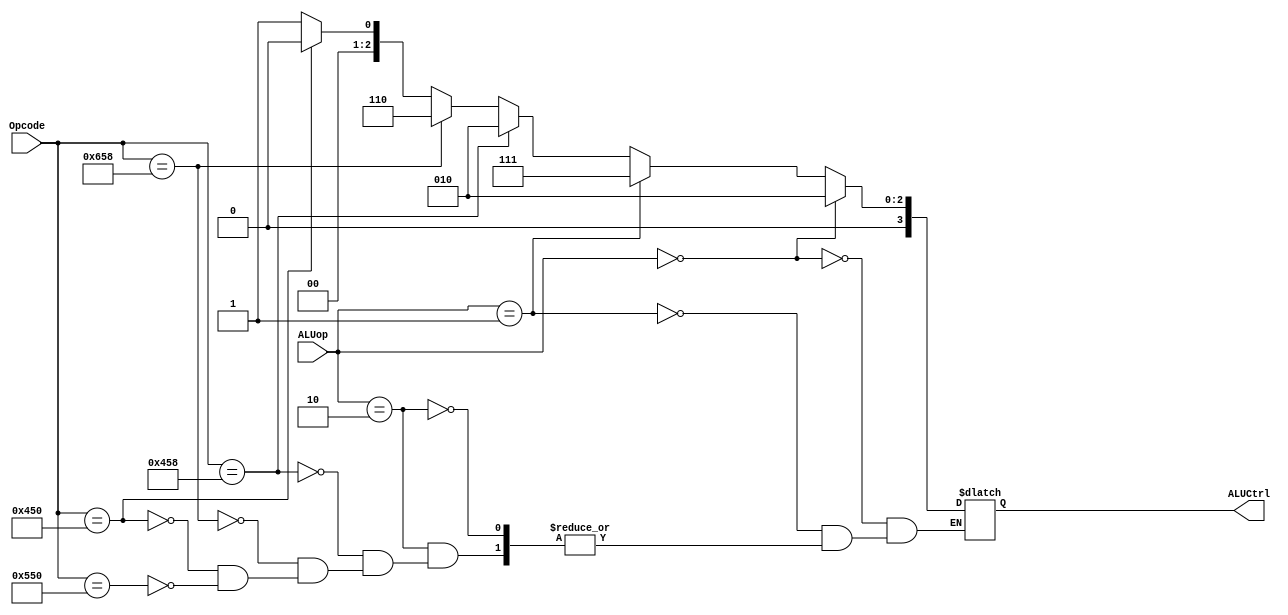
`timescale 1ns / 1ps
//////////////////////////////////////////////////////////////////////////////////
// Company: 
// Engineer: 
// 
// Design Name: 
// Module Name: ALUControl
// Project Name: 
// Target Devices: 
// Tool Versions: 
// Description: 
// 
// Dependencies: 
// 
// Revision:
// Revision 0.01 - File Created
// Additional Comments:
// 
//////////////////////////////////////////////////////////////////////////////////


module ALUControl(ALUCtrl, ALUop, Opcode);
     input [1:0] ALUop;
     input [10:0] Opcode;
     output reg [3:0] ALUCtrl;
     
     always @ (*) begin
    
     if (ALUop == 2'b00)  //load or store
        ALUCtrl <= #2 4'b0010;   // add  
     
     else if (ALUop == 2'b01) //cbz
        ALUCtrl <= #2 4'b0111;  //pass b
     
     else if (ALUop == 2'b10) begin
        if (Opcode == 11'b10001011000)  
            ALUCtrl <= #2 4'b0010;  //ADD
        
        else if (Opcode == 11'b11001011000)  
            ALUCtrl <= #2 4'b0110;  // SUB
        
        else if (Opcode == 11'b10001010000)  
            ALUCtrl <= #2 4'b0000;  //AND
        
        else if (Opcode == 11'b10101010000)  
            ALUCtrl <= #2 4'b0001; // ORR
        
     end
      
     end
endmodule